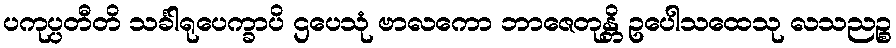
ပကုပ္ပတီတိ သင်္ခါရုပေက္ခာပိ ဌပေသုံ ဗာလကော ဘာဇေတုန္တိ ဥပေါသထေသု လသညဉ္စ